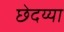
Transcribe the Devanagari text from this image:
छेदय्या